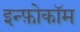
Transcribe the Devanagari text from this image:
इन्फ़ोकॉम